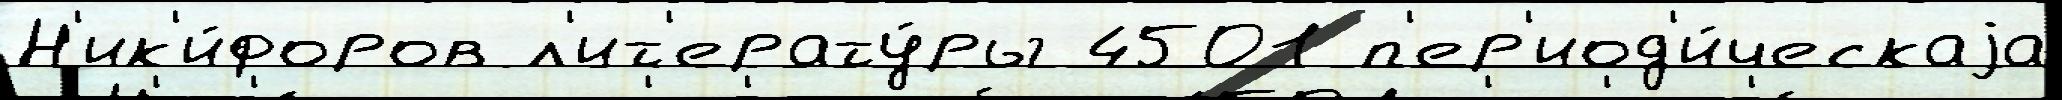
Н'ик'и́форов л'ит'ерату́ры 4501 п'ер'иод'и́ческаjа